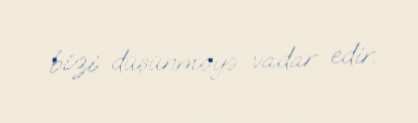
bizi düşünməyə vadar edir.